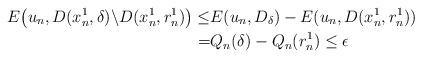
LaTeX: \begin{align*}E\big(u_n,D(x_n^1,{\delta})\backslash D(x_n^1,r_n^{1})\big)\leq& E(u_n,D_{\delta})- E(u_n,D(x_n^1,r_n^{1}))\\=&Q_n(\delta)-Q_n(r_n^1)\leq\epsilon\end{align*}